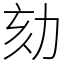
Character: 劾